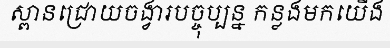
ស្ពានជ្រោយចង្វារបច្ចុប្បន្ន កន្លងមកយើង